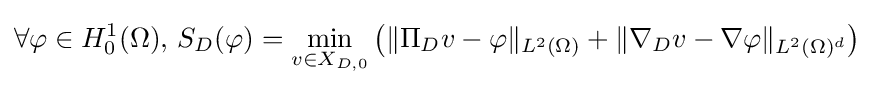
\forall \varphi \in H_{0}^{1}(\Omega ),\,S_{D}(\varphi )=\min _{v\in X_{D,0}}\left(\Vert \Pi _{D}v-\varphi \Vert _{L^{2}(\Omega )}+\Vert \nabla _{D}v-\nabla \varphi \Vert _{L^{2}(\Omega )^{d}}\right)